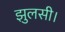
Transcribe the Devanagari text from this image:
झुलसी।